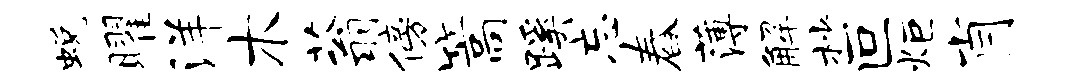
蜕曜洋木蓊傍篙蹊忘舂薄解杪叵炬肖